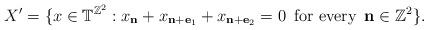
LaTeX: \begin{align*}X' = \{x\in \mathbb{T}^{\mathbb{Z}^2}:x_\mathbf{n}+x_{\mathbf{n}+\mathbf{e}_1}+x_{\mathbf{n}+\mathbf{e}_2}=0\enspace \textup{for every}\enspace \mathbf{n}\in \mathbb{Z}^2\}.\end{align*}